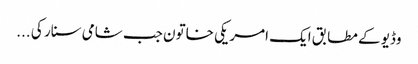
وڈیو کے مطابق ایک امریکی خاتون جب شامی سنار کی ...